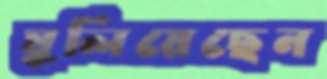
ঘুলিয়েছেন